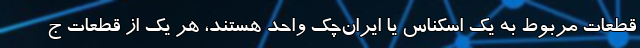
قطعات مربوط به یک اسکناس یا ایران‌چک واحد هستند، هر یک از قطعات ج